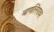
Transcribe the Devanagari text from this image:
बाणलिंगावर